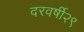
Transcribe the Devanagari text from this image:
दरवर्षी२९